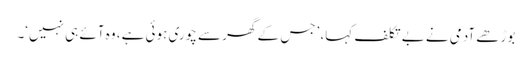
بوڑھے آدمی نے بے تکلف کہا، ’جس کے گھر سے چوری ہوئی ہے، وہ آئے ہی نہیں‘۔